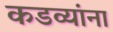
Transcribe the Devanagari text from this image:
कडव्यांना